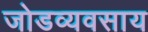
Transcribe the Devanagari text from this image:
जोडव्यवसाय